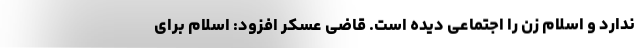
ندارد و اسلام زن را اجتماعی دیده است. قاضی عسکر افزود: اسلام برای